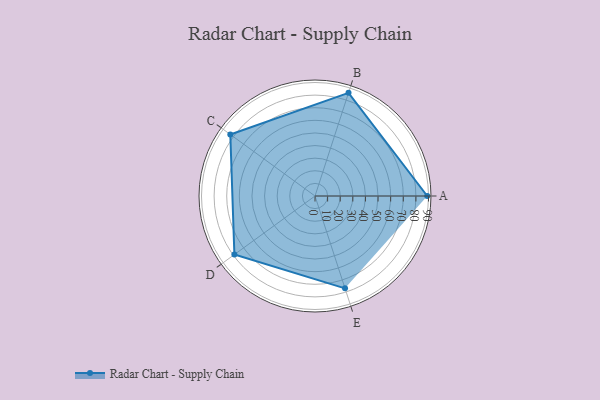
{"axis": {"x": "Skill", "y": "Score"}, "legend": ["Profile"], "data": [{"x": "A", "y": 89.0, "type": "Profile"}, {"x": "B", "y": 86.0, "type": "Profile"}, {"x": "C", "y": 83.0, "type": "Profile"}, {"x": "D", "y": 79.0, "type": "Profile"}, {"x": "E", "y": 77.0, "type": "Profile"}]}